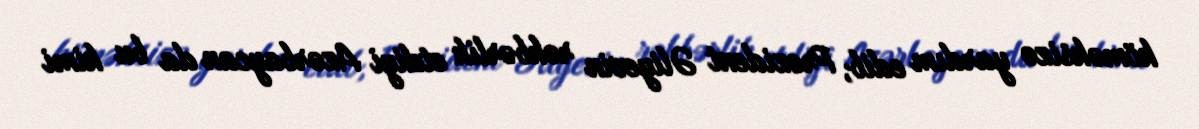
köməksizə yardım edib, Prezident Əliyevin rəhbərlik etdiyi Azərbaycan da bu kimi